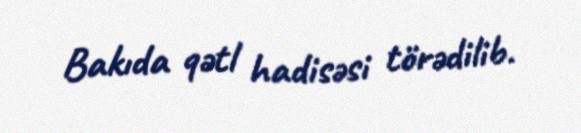
Bakıda qətl hadisəsi törədilib.